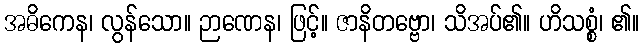
အဓိကေန၊ လွန်သော။ ဉာဏေန၊ ဖြင့်။ ဇာနိတဗ္ဗော၊ သိအပ်၏။ ဟိသစ္စံ၊ ၏။